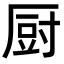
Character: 厨